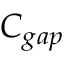
C _ { g a p }